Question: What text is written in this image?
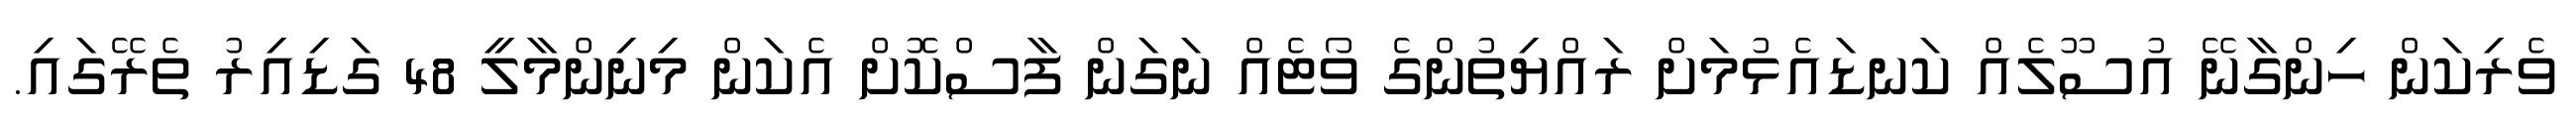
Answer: ވެރިކަން ހިންގާނޭ އުސޫލެއް ކަނޑައެޅުމަށް ރައްޔިތުންގެ ވޯޓެއް ނަގަން ފާސްކޮށް އެކަން މިނިންމާލީ 48 ގަޑިއިރު ތެރޭގައި.